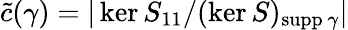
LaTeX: \widetilde c(\gamma)=|\ker S_{11}/(\ker S)_{\mathrm{supp}\, \gamma}|